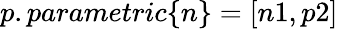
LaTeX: p.parametric\{ n\} =[n1,p2]